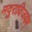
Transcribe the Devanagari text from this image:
मदुराविजयम्